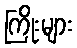
ကြိုးများ